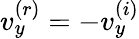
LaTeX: v_{y}^{(r)}=-v_{y}^{(i)}